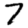
Digit: 7